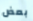
بعض